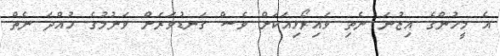
އެ މީހުންގެ އިޒުނަ ނެތި ވައިރޯޅިއަކަށް ވެސް ގަނޑުވަރަށް ވަނުމުގެ ހުއްދަ ނެތް